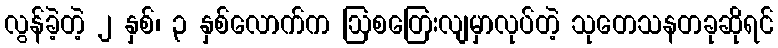
လွန်ခဲ့တဲ့ ၂ နှစ်၊ ၃ နှစ်လောက်က ဩစတြေးလျမှာလုပ်တဲ့ သုတေသနတခုဆိုရင်